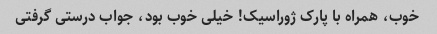
خوب، همراه با پارک ژوراسیک! خیلی خوب بود، جواب درستی گرفتی